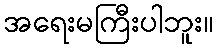
အရေးမကြီးပါဘူး။